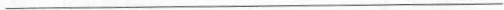
___